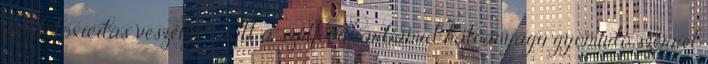
A fitotoxicitás veszélye miatt a szulfonilkarbamid hatóanyagú gyomirtó szerrel